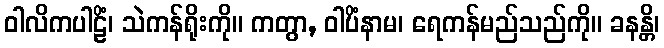
ဝါလိကပါဠိံ၊ သဲကန်ရိုးကို။ ကတွာ, ဝါပိံနာမ၊ ရေကန်မည်သည်ကို။ ခနန္တိ၊